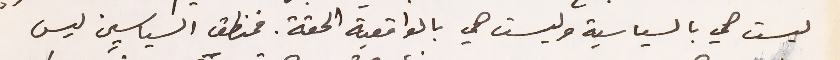
ليست هي بالسياسية وليست هي بالواقعية الحقة. فمنطق السياسيين ليس